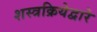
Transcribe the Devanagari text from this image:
शस्त्रक्रियेद्वारे